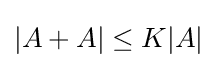
|A+A|\leq K|A|